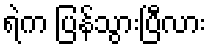
ရဲက ပြန်သွားပြီလား